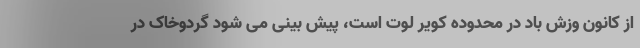
از کانون وزش باد در محدوده کویر لوت است، پیش بینی می شود گردوخاک در